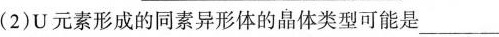
(2)U元素形成的同素异形体的晶体类型可能是___